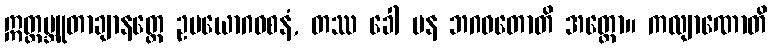
ဣတ္ထမ္ဘူတာချာနတ္ထေ ဥပယောဂဝစနံ, တဿ ခေါ ပန ဘဂဝတောတိ အတ္ထော။ ကလျာဏောတိ